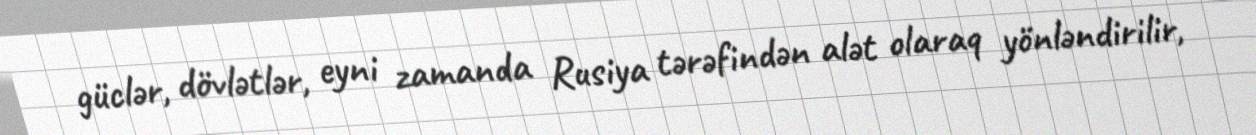
güclər, dövlətlər, eyni zamanda Rusiya tərəfindən alət olaraq yönləndirilir,